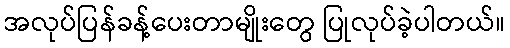
အလုပ်ပြန်ခန့်ပေးတာမျိုးတွေ ပြုလုပ်ခဲ့ပါတယ်။